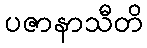
ပဇာနာသီတိ